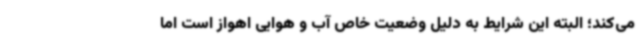
می‌کند؛ البته این شرایط به دلیل وضعیت خاص آب و هوایی اهواز است اما